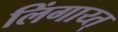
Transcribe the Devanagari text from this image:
लिंगाय्त्